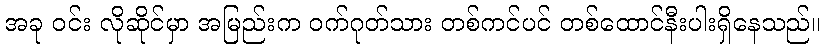
အခု ဝင်း လိုဆိုင်မှာ အမြည်းက ဝက်ဂုတ်သား တစ်ကင်ပင် တစ်ထောင်နီးပါးရှိနေသည်။